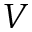
V